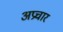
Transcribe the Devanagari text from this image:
अप्रचार